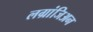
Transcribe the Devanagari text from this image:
लग्रांजिअन